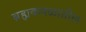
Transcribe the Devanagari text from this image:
ब्रह्मकमळातील